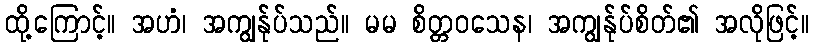
ထို့ကြောင့်။ အဟံ၊ အကျွန်ုပ်သည်။ မမ စိတ္တဝသေန၊ အကျွန်ုပ်စိတ်၏ အလိုဖြင့်။